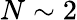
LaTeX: N\sim 2